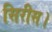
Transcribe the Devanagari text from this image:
सिरीस।